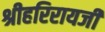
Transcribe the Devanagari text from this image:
श्रीहरिरायजी